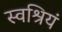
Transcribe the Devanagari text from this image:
स्वश्रियं